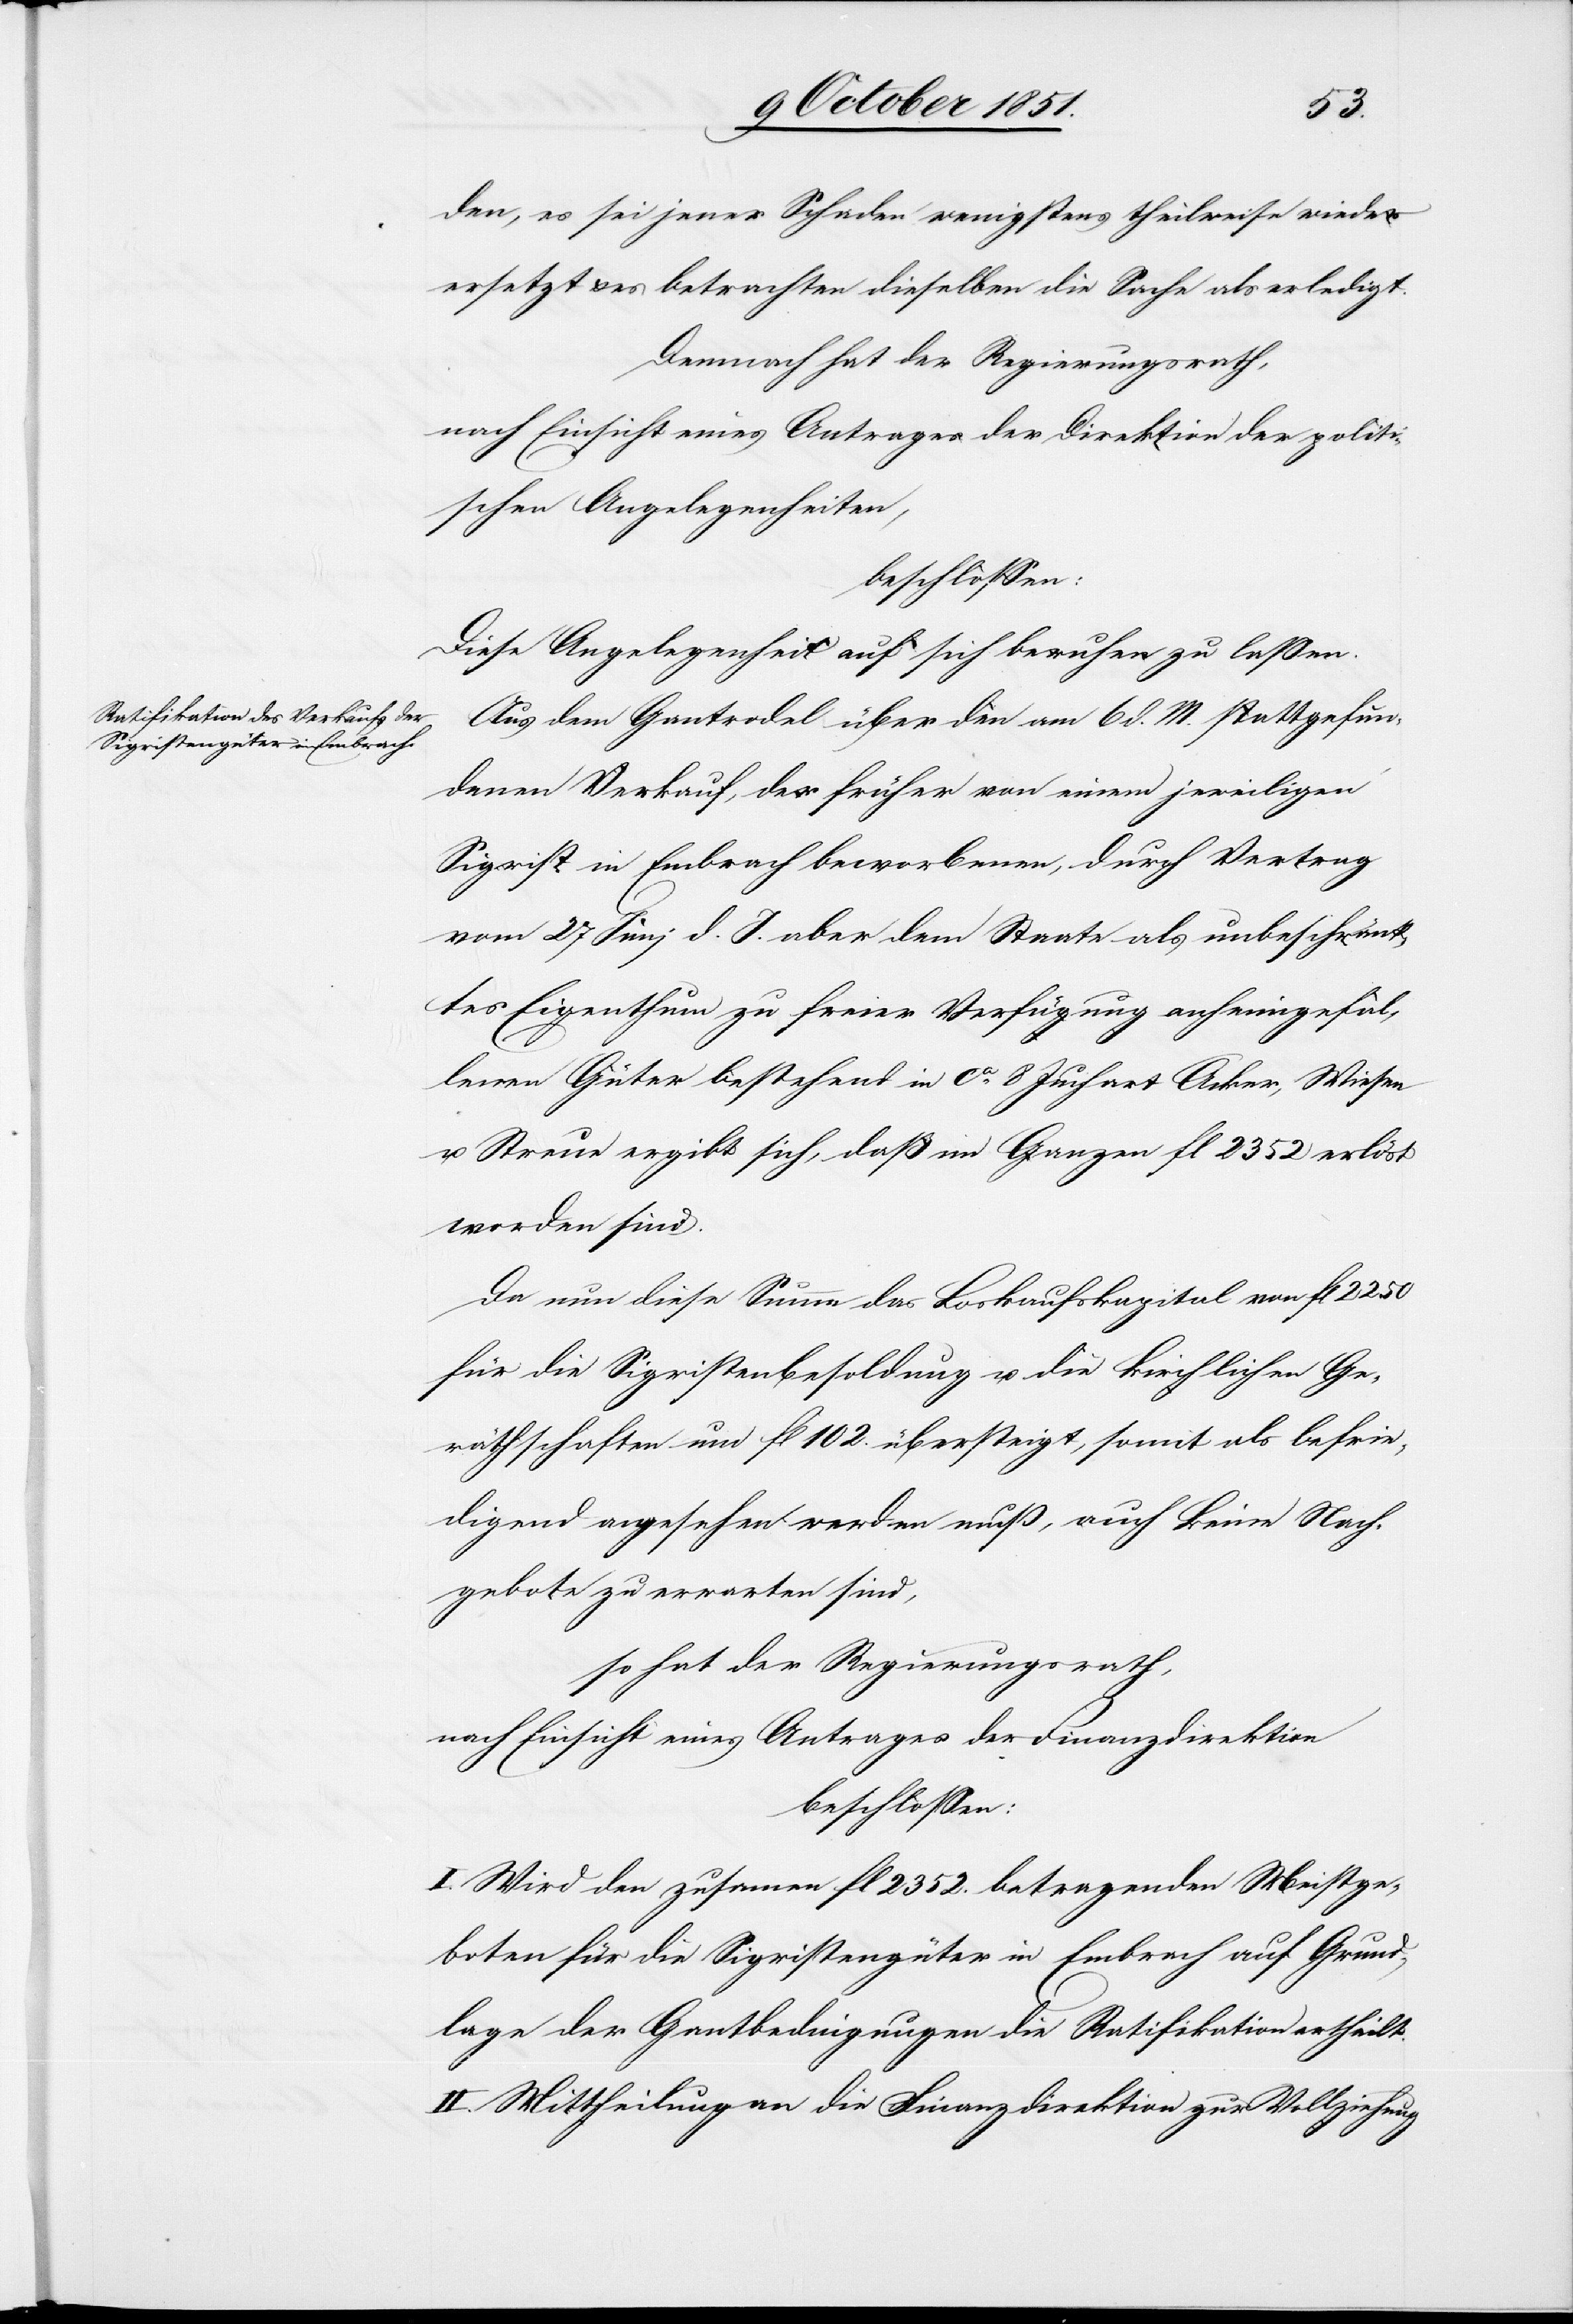
den, es sei jener Schaden wenigstens theilweise wieder
ersetzt & es betrachten dieselben die Sache als erledigt.
Demnach hat der Regierungsrath,
nach Einsicht eines Antrages der Direktion der politi¬
schen Angelegenheiten,
beschlossen:
Diese Angelegenheit auf sich beruhen zu lassen.
Aus dem Gantrodel über den am 6 d. M. stattgefun¬
denen Verkauf, der früher von einem jeweiligen
Sigrist in Embrach beworbenen, durch Vertrag
vom 27 Juni d. J. aber dem Staate als unbeschränk¬
tes Eigenthum zu freier Verfügung anheimgefal¬
lenen Güter bestehend in ca. 8 Juchart Acker, Wiesen
u. Streue ergibt sich, daß im Ganzen fl 2352 erlöst
worden sind.
Da nun diese Summe das Loskaufskapital von fl 2250
für die Sigristenbesoldung u. die kirchlichen Ge¬
räthschaften um fl 102. übersteigt, somit als befrie¬
digend angesehen werden muß, auch keine Nach¬
gebote zu erwarten sind,
so hat der Regierungsrath,
nach Einsicht eines Antrages der Finanzdirektion
beschlossen:
I. Wird den zusam[m]en fl 2352. betragenden Meistge¬
boten für die Sigristengüter in Embrach auf Grund¬
lage der Gantbedingungen die Ratifikation ertheilt.
II. Mittheilung an die Finanzdirektion zur Vollziehung